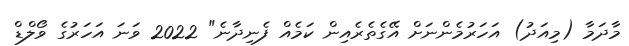
މާދަމާ (މިއަދު) އަހަރުމެންނަށް އޭގެތެރެއިން ކަމެއް ފެނިދާނެ" 2022 ވަނަ އަހަރުގެ ވޯލްޑް